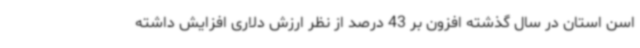
اسن استان در سال گذشته افزون بر 43 درصد از نظر ارزش دلاری افزایش داشته